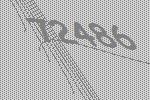
72486